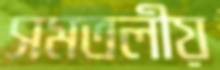
সমতলীয়